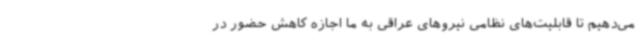
می‌دهیم تا قابلیت‌های نظامی نیروهای عراقی به ما اجازه کاهش حضور در